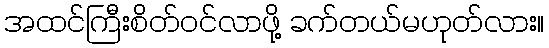
အထင်ကြီးစိတ်ဝင်လာဖို့ ခက်တယ်မဟုတ်လား။